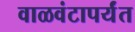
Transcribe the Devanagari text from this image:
वाळवंटापर्यंत